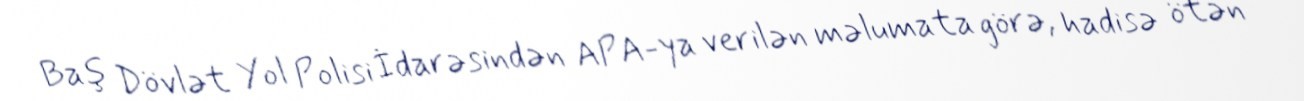
Baş Dövlət Yol Polisi İdarəsindən APA-ya verilən məlumata görə, hadisə ötən